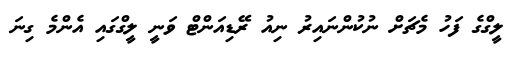
ލީގްގެ ފަހު މެޗަށް ނުކުންނައިރު ނިއު ރޭޑިއަންޓް ވަނީ ލީގްގައި އެންމެ ގިނަ